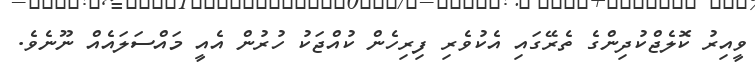
ވީއިރު ކޮލެޖްކުދިންގެ ތެރޭގައި އެކުވެރި ފިރިހެން ކުއްޖަކު ހުރުން އެއީ މައްސަލައެއް ނޫނެވެ.